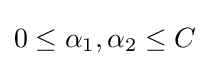
0\leq \alpha _{1},\alpha _{2}\leq C